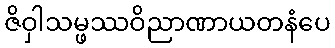
ဇိဝှါသမ္ဖဿဝိညာဏာယတနံပေ